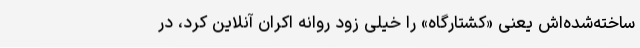
ساخته‌شده‌اش یعنی «کشتارگاه» را خیلی زود روانه اکران آنلاین کرد، در